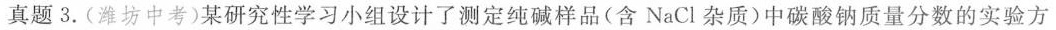
真题3. (潍坊中考)某研究性学习小组设计了测定纯碱样品(含NaCl杂质)中碳酸钠质量分数的实验方